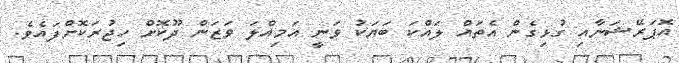
އޮޕަރޭޝަނާއި ގުޅިގެން އެތައް ލައްކަ ބަޔަކު ވަނީ އަމިއްލަ ވަޒަން ދޫކޮށް ހިޖުރަކޮށްފައެވެ.